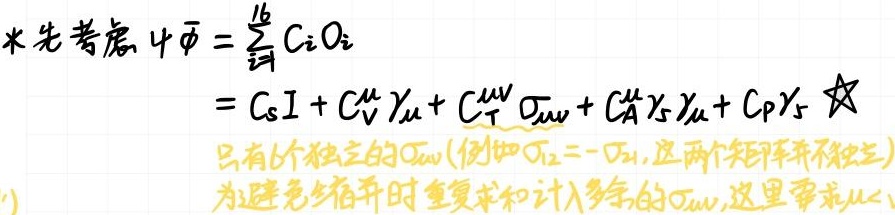
$$
\begin{align*}
\ast先考虑\ 4\Phi&=\sum_{i=1}^{16}C_i\mathcal{O}_i\\
&=C_S I + C_V^\mu \gamma_\mu + C_T^{\mu\nu} \sigma_{\mu\nu} + C_A^\mu \gamma_5 \gamma_\mu + C_P \gamma_5 \star
\end{align*}
$$
只有6个独立的$\sigma_{\mu\nu}$(例如$\sigma_{12}=-\sigma_{21}$, 这两个矩阵并不独立.)
为避免缩并时重复求和和计入多余的$\sigma_{\mu\nu}$, 这里要求从<